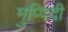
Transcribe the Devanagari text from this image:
मुप्पिदी